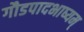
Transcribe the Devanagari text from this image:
गौडपादभाष्‍यम्